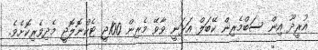
އުރީދޫ އިން ސަބްމެރިން ކޭބަލް އަޅަނީ ވާވޭ މެރިން 100ޖީ ޓެކްނޮލޮޖީ މެދިވެރިކޮށެވެ.